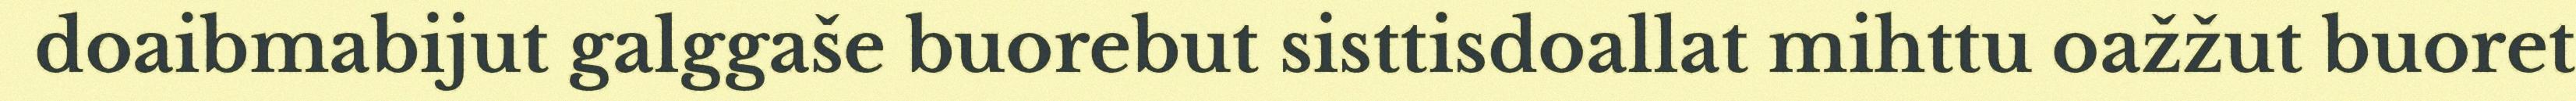
doaibmabijut galggaše buorebut sisttisdoallat mihttu oažžut buoret